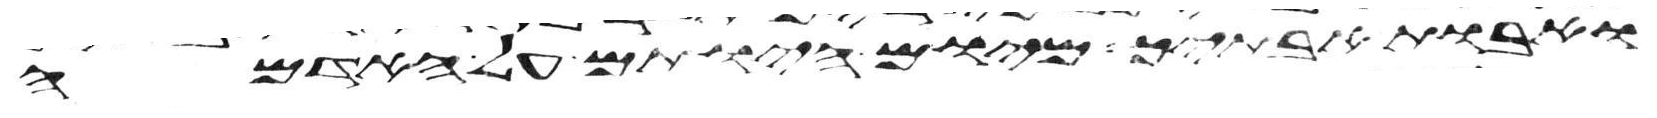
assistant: ואבות אבתיך מיום היותם על האדמה